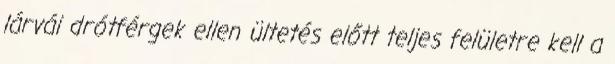
lárvái drótférgek ellen ültetés előtt teljes felületre kell a